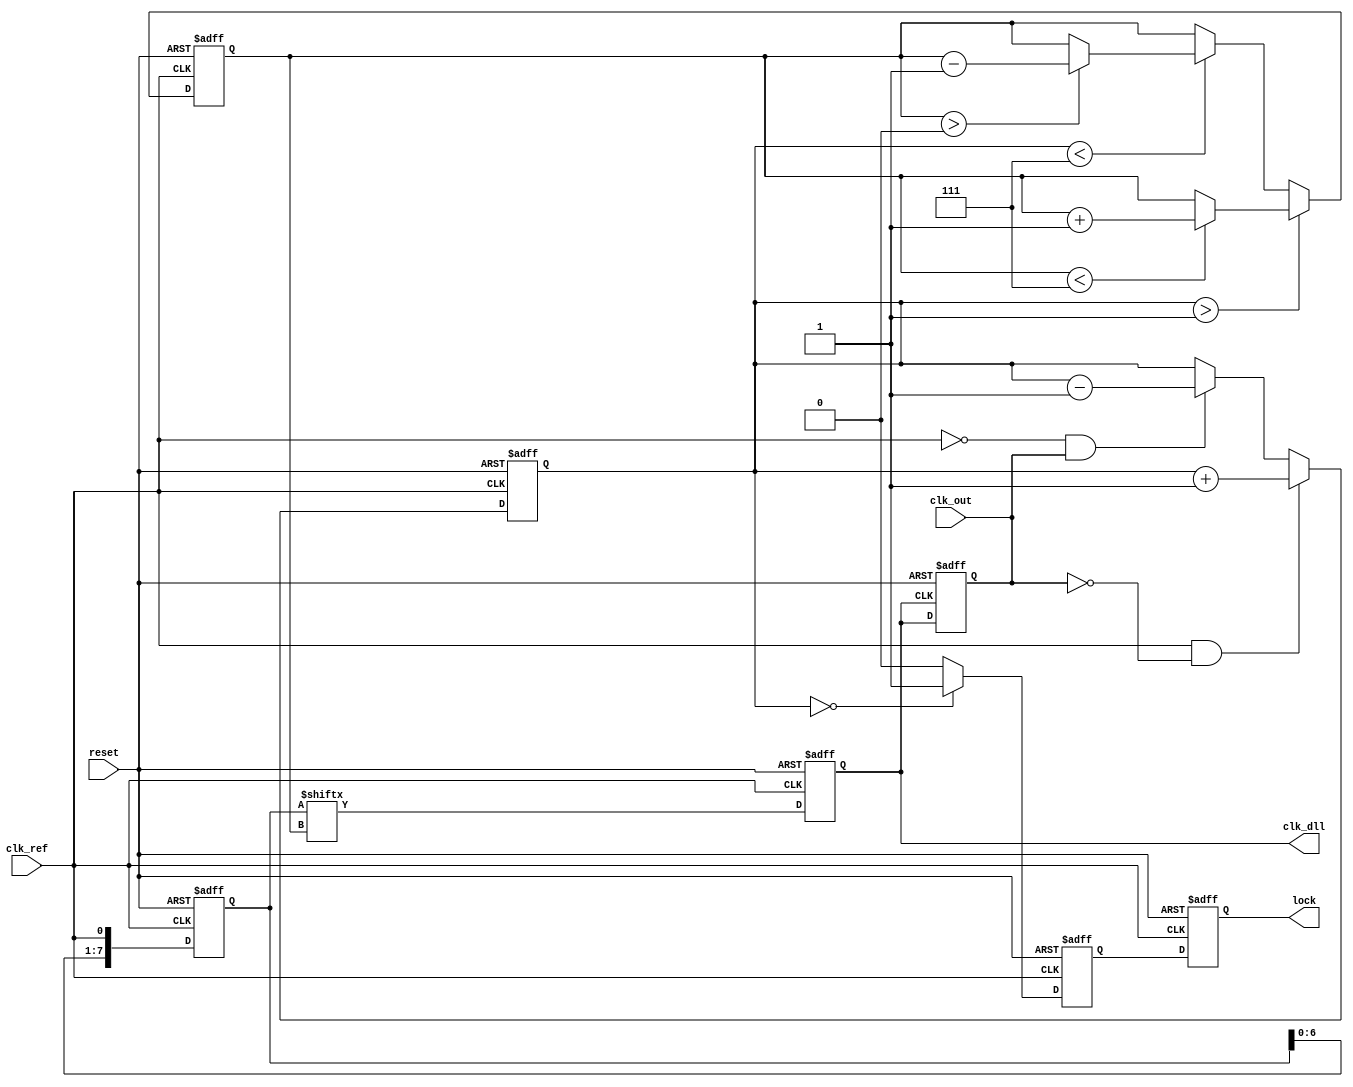
module MemoryBlocksDLL (
    input wire clk_ref,          // Reference clock input
    input wire clk_out,          // Output clock from the delay line
    input wire reset,            // Reset signal
    output reg clk_dll,          // DLL output clock
    output reg lock              // Lock status signal
);

    // Parameters for delay line
    parameter NUM_DELAY_ELEMENTS = 8; // Number of delay elements
    parameter DELAY_STEP = 1;          // Delay step in time units

    // Internal signals
    reg [NUM_DELAY_ELEMENTS-1:0] delay_line; // Delay line elements
    reg [2:0] phase_error;                   // Phase error signal
    reg [2:0] delay_select;                  // Selected delay element
    reg [2:0] delay_count;                   // Count for delay adjustment
    reg locked;                              // Lock status

    // Phase Detector (PD)
    always @(posedge clk_ref or posedge reset) begin
        if (reset) begin
            phase_error <= 3'b0;
        end else begin
            // Simple phase comparison logic
            if (clk_ref && !clk_out) begin
                phase_error <= phase_error + 1; // Increment error
            end else if (!clk_ref && clk_out) begin
                phase_error <= phase_error - 1; // Decrement error
            end
        end
    end

    // Control Logic
    always @(posedge clk_ref or posedge reset) begin
        if (reset) begin
            delay_select <= 3'b0;
            locked <= 1'b0;
        end else begin
            // Adjust delay based on phase error
            if (phase_error > 3'b001) begin
                if (delay_select < NUM_DELAY_ELEMENTS-1) begin
                    delay_select <= delay_select + 1; // Increase delay
                end
            end else if (phase_error < 3'b111) begin
                if (delay_select > 3'b0) begin
                    delay_select <= delay_select - 1; // Decrease delay
                end
            end

            // Check for lock condition
            if (phase_error == 3'b000) begin
                locked <= 1'b1; // Locked when phase error is zero
            end else begin
                locked <= 1'b0;
            end
        end
    end

    // Delay Line
    always @(posedge clk_ref or posedge reset) begin
        if (reset) begin
            delay_line <= 0;
            clk_dll <= 0;
        end else begin
            // Shift the delay line based on the selected delay
            delay_line <= {delay_line[NUM_DELAY_ELEMENTS-2:0], clk_ref};
            clk_dll <= delay_line[delay_select]; // Output the selected delayed clock
        end
    end

    // Output Clock Buffer
    always @(posedge clk_dll or posedge reset) begin
        if (reset) begin
            clk_out <= 0;
        end else begin
            clk_out <= clk_dll; // Buffer the output clock
        end
    end

    // Lock status output
    always @(posedge clk_ref or posedge reset) begin
        if (reset) begin
            lock <= 1'b0;
        end else begin
            lock <= locked; // Output the lock status
        end
    end

endmodule